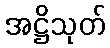
အဋ္ဌိသုတ်